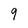
Character: 9